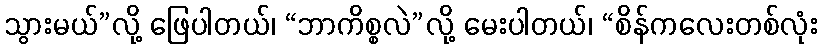
သွားမယ်”လို့ ဖြေပါတယ်၊ “ဘာကိစ္စလဲ”လို့ မေးပါတယ်၊ “စိန်ကလေးတစ်လုံး